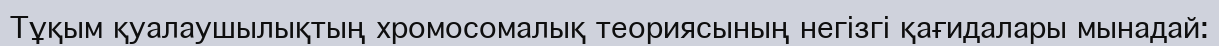
Тұқым қуалаушылықтың хромосомалық теориясының негізгі қағидалары мынадай: